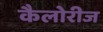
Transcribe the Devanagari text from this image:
कैलोरीज